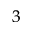
^ 3